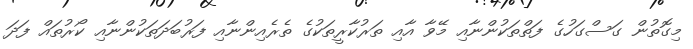
މިގޮތުން ގަސްގަހުގެ ފަތްތަކުންނާއި މޭވާ އާއި ތަރުކާރީތަކުގެ ތެރެއިންނާއި ފަރުބަދަތަކުންނާއި ކޯރުތައް ފަދަ